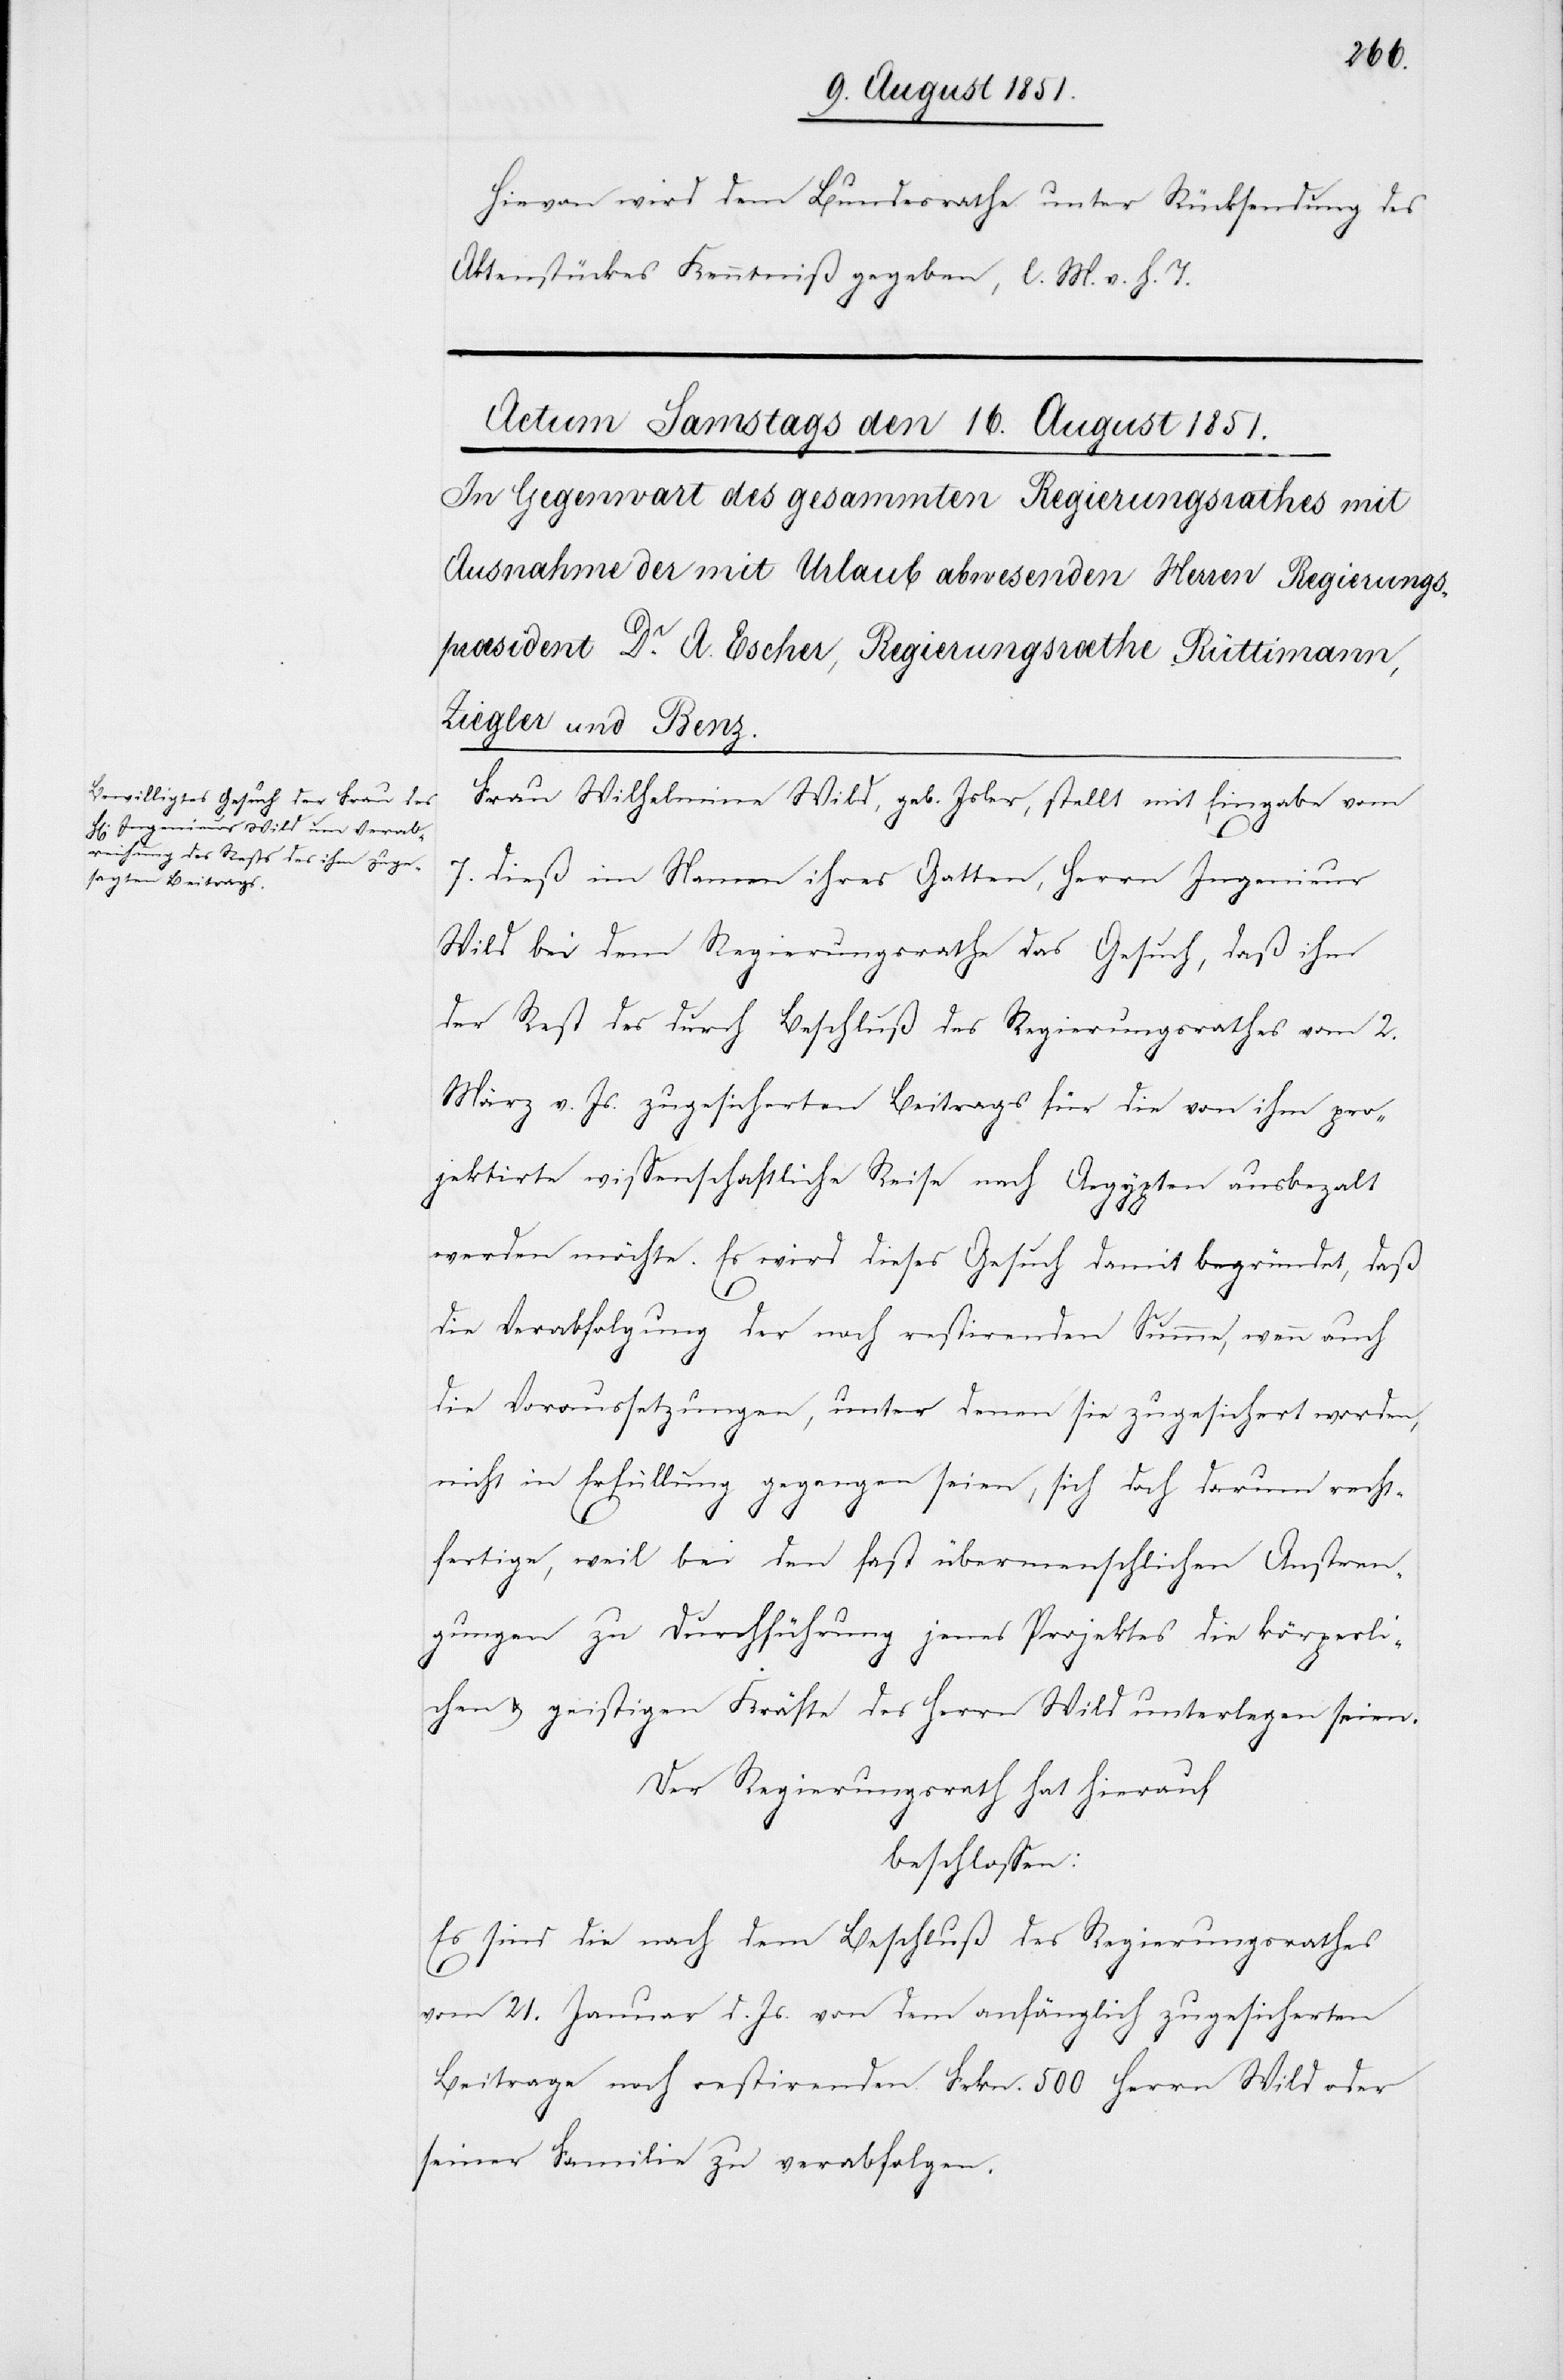
Hievon wird dem Bundesrathe unter Rücksendung des
Aktenstückes Kenntniß gegeben, l. M. v. h. T.
Frau Wilhelmine Wild, geb. Isler, stellt mit Eingabe vom
7. dieß im Namen ihres Gatten, Herrn Ingenieur
Wild bei dem Regierungsrathe das Gesuch, daß ihm
der Rest des durch Beschluß des Regierungsrathes vom 2.
März v. Js. zugesicherten Beitrags für die von ihm pro¬
jektirte wissenschaftliche Reise nach Aegypten ausbeza[h]lt
werden möchte. Es wird dieses Gesuch damit begründet, daß
die Verabfolgung der noch restirenden Summe, wenn auch
die Voraussetzungen, unter denen sie zugesichert worden,
nicht in Erfüllung gegangen seien, sich doch darum recht¬
fertige, weil bei den fast übermenschlichen Anstren¬
gungen zu Durchführung jenes Projektes die körperli¬
chen & geistigen Kräfte des Herrn Wild unterlegen seien.
Der Regierungsrath hat hierauf
beschlossen:
Es sind die nach dem Beschluß des Regierungsrathes
vom 21. Januar d. Js. von dem anfänglich zugesicherten
Beitrage noch restirenden Frkn. 500 Herrn Wild oder
seiner Familie zu verabfolgen.